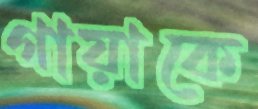
গায়াকে